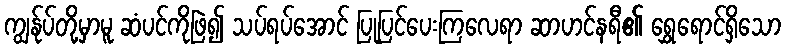
ကျွန်ုပ်တို့မှာမူ ဆံပင်ကိုဖြဲ၍ သပ်ရပ်အောင် ပြုပြင်ပေးကြလေရာ ဆာဟင်နရီ၏ ရွှေရောင်ရှိသော